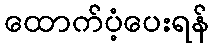
ထောက်ပံ့ပေးရန်